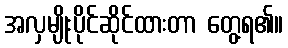
အလှမျိုးပိုင်ဆိုင်ထားတာ တွေ့ရ၏။